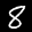
Label: 8